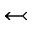
\leftarrowtail